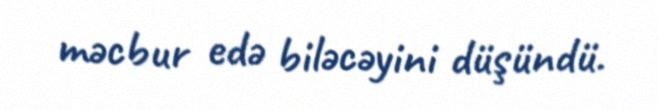
məcbur edə biləcəyini düşündü.